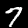
Label: 7